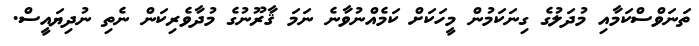
ތަނަވްސްކަމާއި މުދަލުގެ ގިނަކަމުން މީހަކަށް ކަމެއްނުވާނެ ނަމަ ޤާރޫނުގެ މުދާވެރިކަން ނެތި ނުދިޔައީސް.